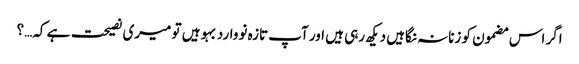
اگر اس مضمون کو زنانہ نگاہیں دیکھ رہی ہیں اور آپ تازہ نووارد بہو ہیں تو میری نصیحت ہے کہ…؟